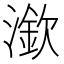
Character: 𣾠